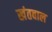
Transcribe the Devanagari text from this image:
खंतवाल